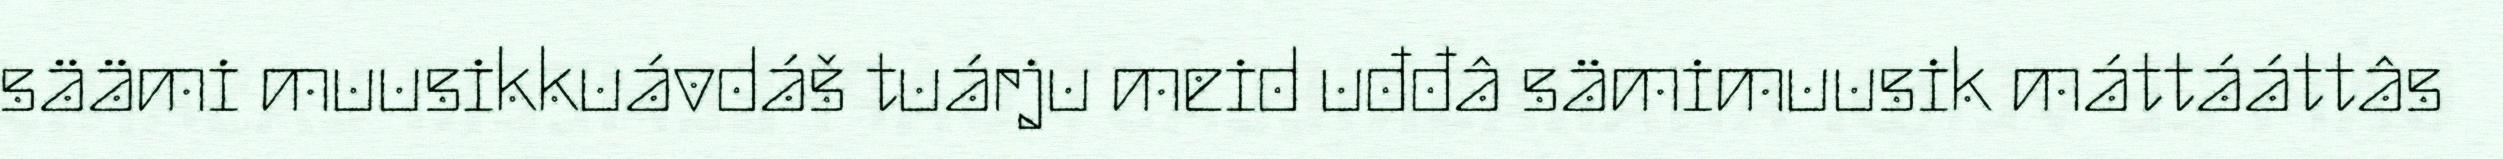
säämi muusikkuávdáš tuárju meid uđđâ sämimuusik máttááttâs